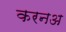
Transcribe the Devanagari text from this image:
करनअ